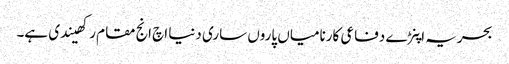
بحریہ اپنڑے دفاعی کارنامیاں پاروں ساری دنیا اچ انج مقام رکھیندی ہے۔